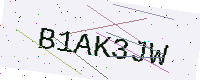
Text: B1AK3JW